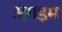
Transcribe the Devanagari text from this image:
अगड़म